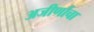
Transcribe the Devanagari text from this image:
अजीर्णाचा